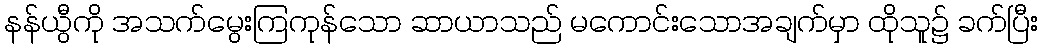
နန်ယွီကို အသက်မွေးကြကုန်သော ဆာယာသည် မကောင်းသောအချက်မှာ ထိုသူ၌ ခက်ပြီး